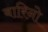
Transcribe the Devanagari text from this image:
बारिनो